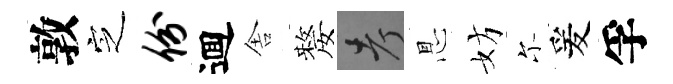
敦㝎份逥舎嫠考㤙妨尓爰孚